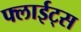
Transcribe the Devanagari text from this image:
फ्लाईट्स